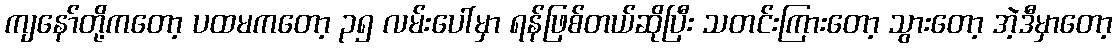
ကျနော်တို့ကတော့ ပထမကတော့ ၃၅ လမ်းပေါ်မှာ ရန်ဖြစ်တယ်ဆိုပြီး သတင်းကြားတော့ သွားတော့ အဲ့ဒီမှာတော့